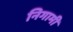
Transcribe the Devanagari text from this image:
निगामी